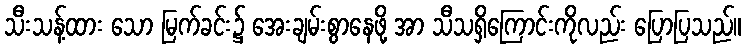
သီးသန့်ထား သော မြက်ခင်း၌ အေးချမ်းစွာနေဖို့ အာ သီသရှိကြောင်းကိုလည်း ပြောပြသည်။